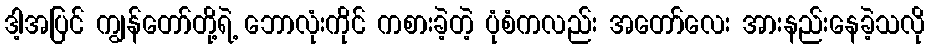
ဒါ့အပြင် ကျွန်တော်တို့ရဲ့ ဘောလုံးကိုင် ကစားခဲ့တဲ့ ပုံစံကလည်း အတော်လေး အားနည်းနေခဲ့သလို